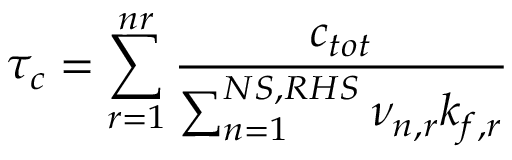
\tau _ { c } = \sum _ { r = 1 } ^ { n r } \frac { c _ { t o t } } { \sum _ { n = 1 } ^ { N S , R H S } \nu _ { n , r } k _ { f , r } }